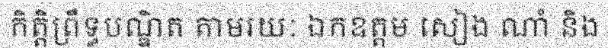
កិត្តិព្រឹទ្ធបណ្ឌិត តាមរយៈ ឯកឧត្តម សៀង ណាំ និង